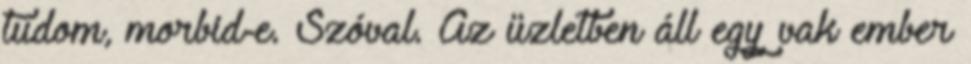
tudom, morbid-e. Szóval. Az üzletben áll egy vak ember